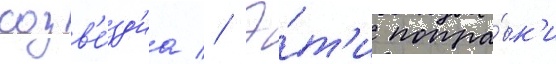
созв'е́зд'иа // Э́т'и попра́вк'и